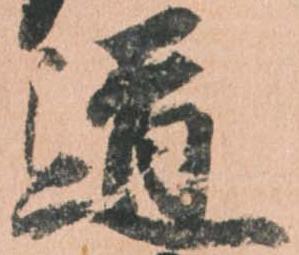
道